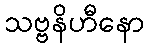
သဗ္ဗနိဟီနော